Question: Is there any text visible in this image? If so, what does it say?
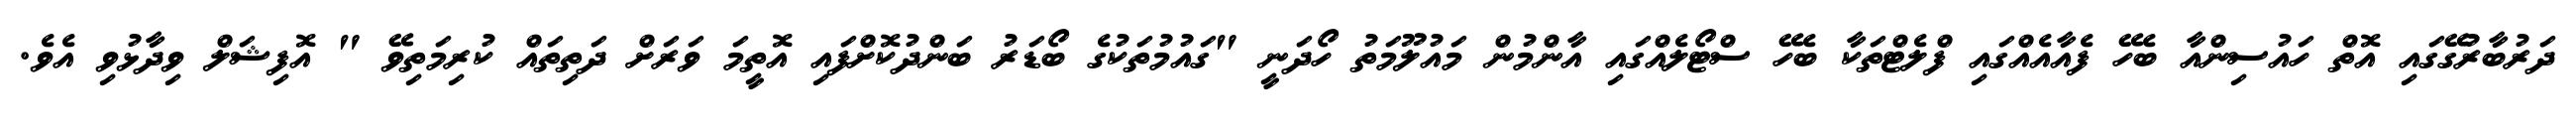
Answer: ދަރުބާރުގޭގައި އޮތް ހައުސިންއާ ބެހޭ ފެއާއެއްގައި ފްލެޓްތަކާ ބެހޭ ސްޓޯލެއްގައި އާންމުން މައުލޫމަތު ހޯދަނީ "ގައުމުތަކުގެ ބޯޑަރު ބަންދުކޮށްފައި އޮތީމަ ވަރަށް ދަތިތައް ކުރިމަތިވޭ " އޮފިޝަލް ވިދާޅުވި އެވެ.